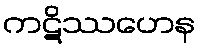
ကဋိဿဟေန